Document type: Sale
Year: 1326
Scribe: Bartomeu Marc
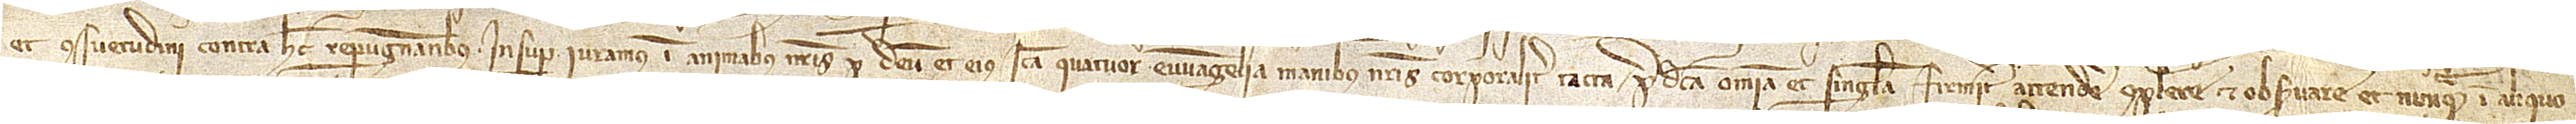
et consuetudini contra hec repugnantibus. Insuper iuramus in animabus nostris per Deum et eius sancta quatuor Evvangelia, manibus nostris corporaliter tacta, predicta omnia et singula firmiter attendere, complere et observare, et nunquam in aliquo